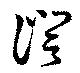
証